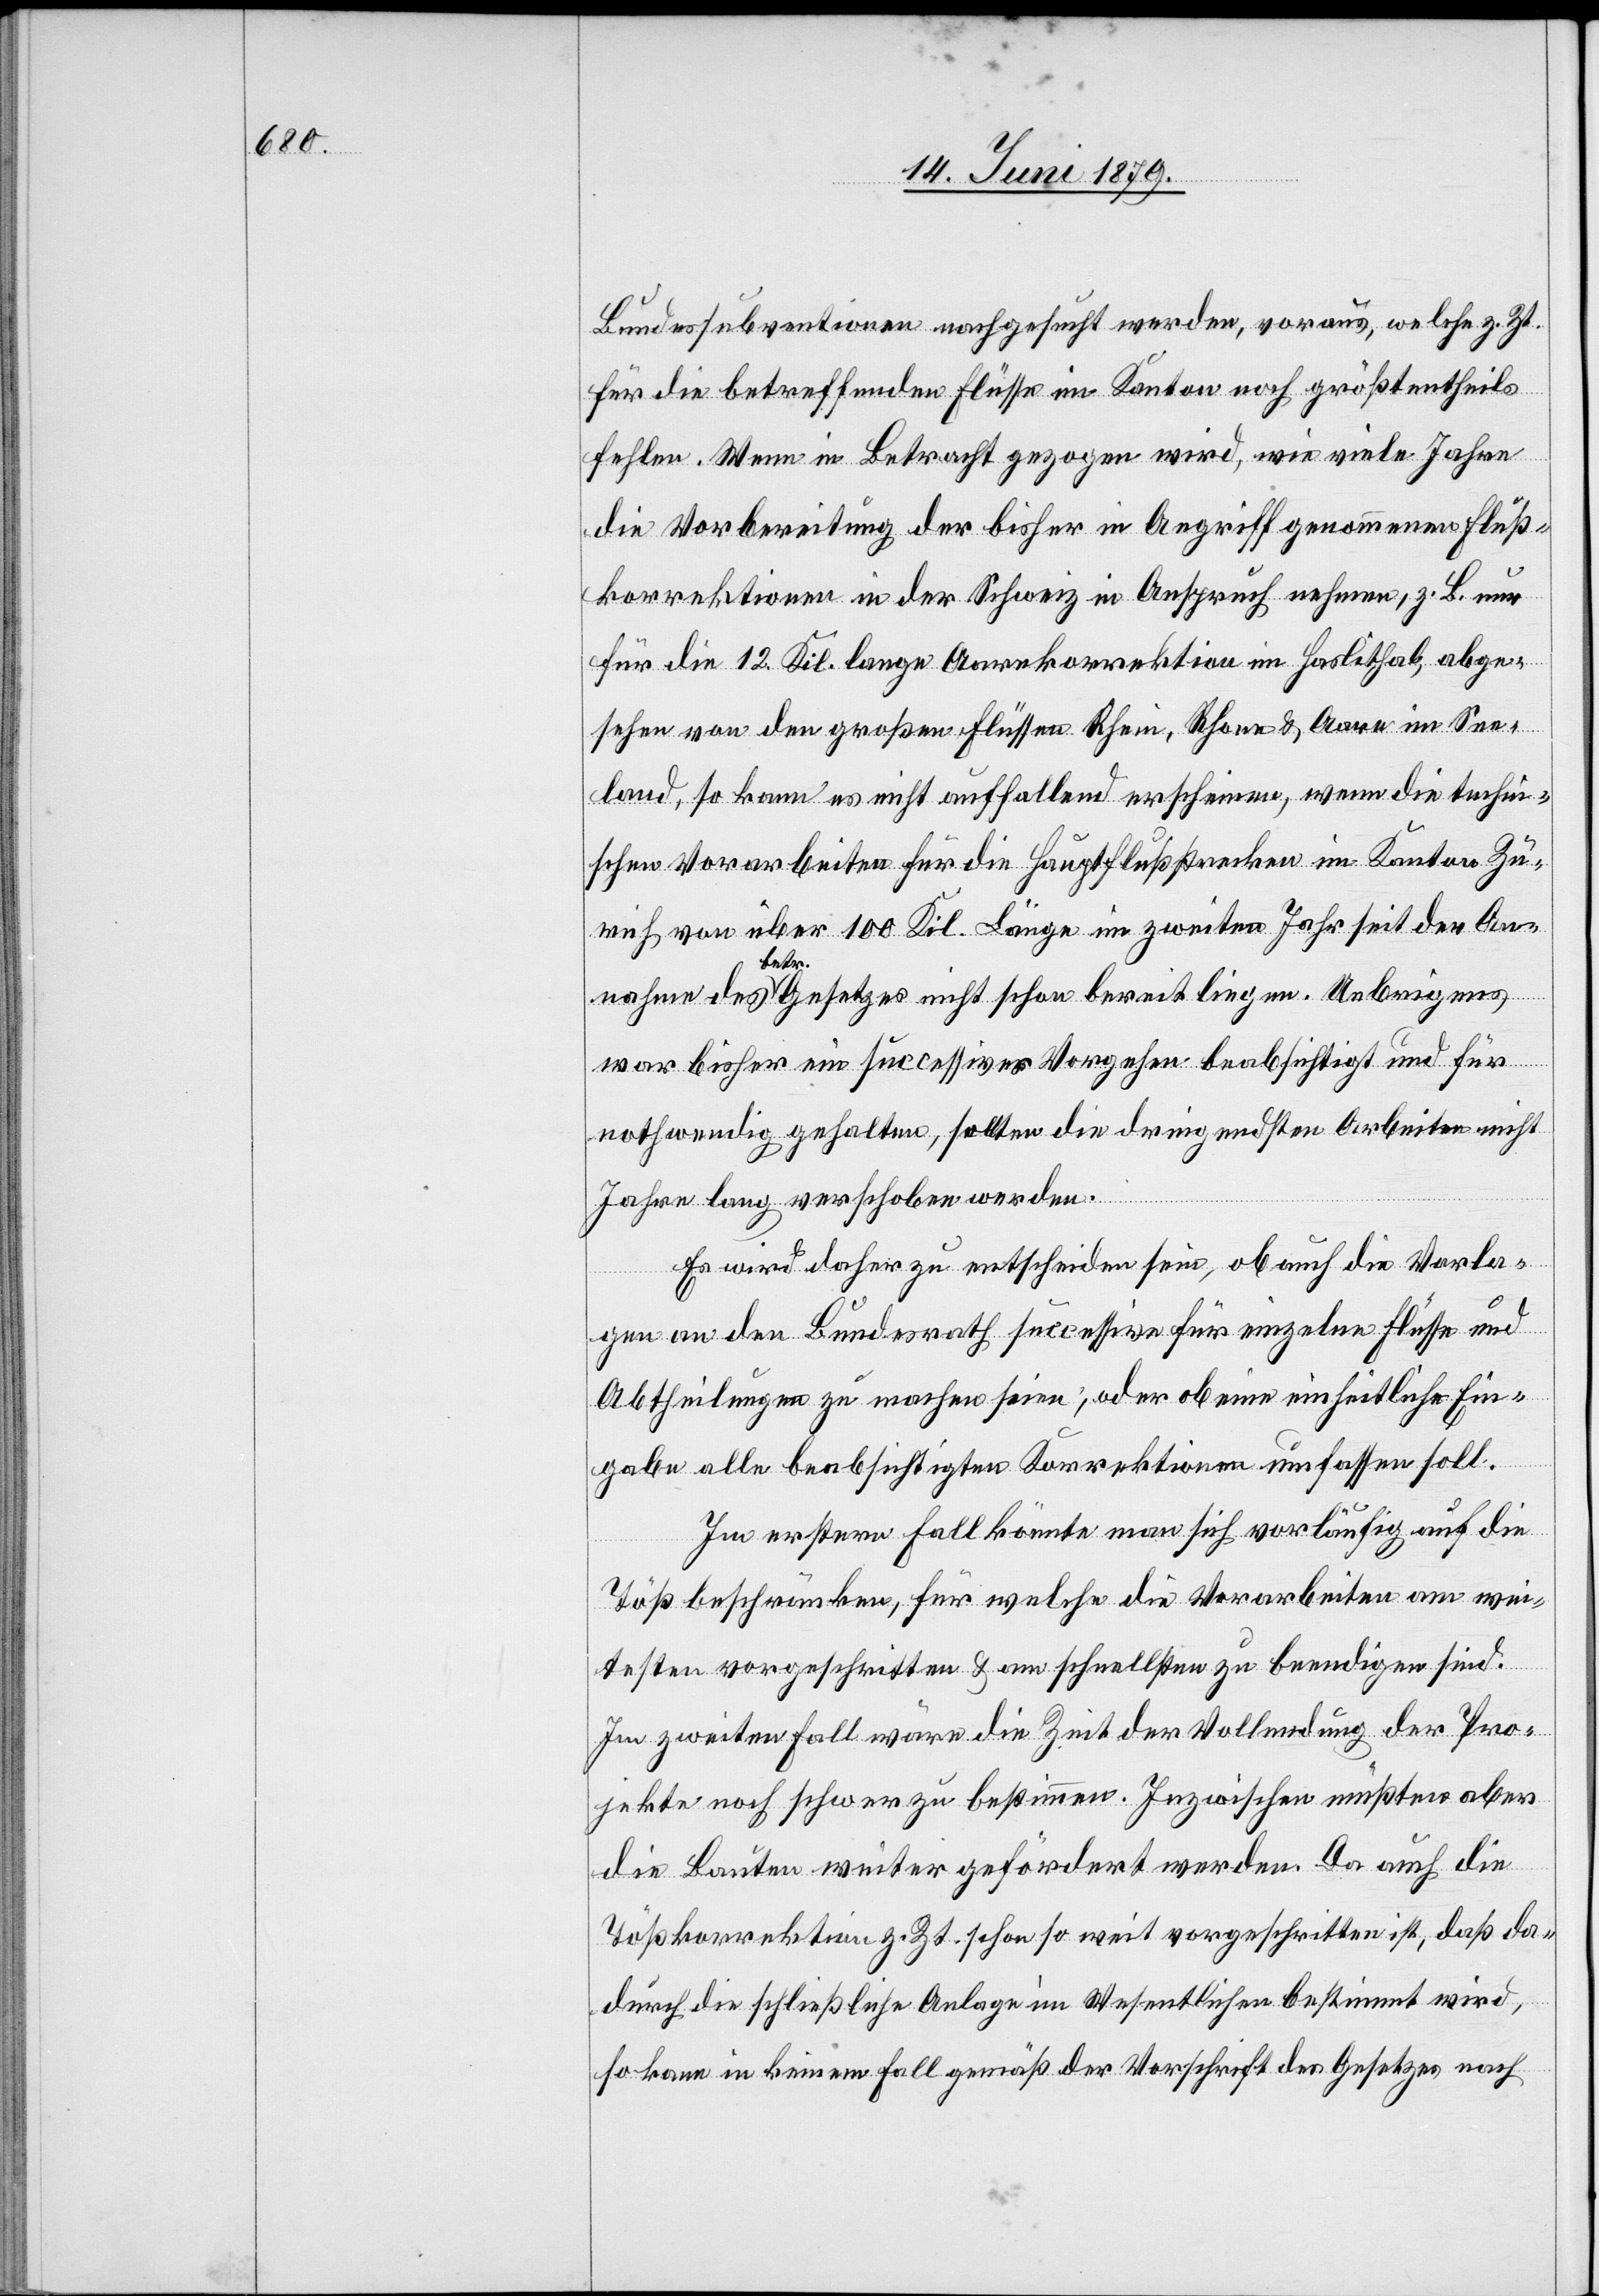
Bundessubventionen nachgesucht werden, voraus, welche z. Zt.
für die betreffenden Flüsse im Kanton noch größtentheils
fehlen. Wenn in Betracht gezogen wird, wie viele Jahre
die Vorbereitung der bisher in Angriff genommenen Fluß¬
korrektionen in der Schweiz in Anspruch nehmen, z. B. nur
für die 12. Kil. lange Aarekorrektion im Haslithal, abge¬
sehen von den großen Flüssen Rhein, Rhone & Aare im See¬
land, so kann es nicht auffallend erscheinen, wenn die techn¬
ischen Vorarbeiten für die Hauptflußstrecken im Kanton Zü¬
rich von über 100 Kil. Länge im zweiten Jahr seit der An¬
nahme des betr. Gesetzes nicht schon bereit liegen. Uebrigens
war bisher ein successives Vorgehen beabsichtigt und für
nothwendig gehalten, sollten die dringendsten Arbeiten nicht
Jahre lang verschoben werden.
Es wird daher zu entscheiden sein, ob auch die Vorla¬
gen an den Bundesrath successive für einzelne Flüsse und
Abtheilungen zu machen seien, oder ob eine einheitliche Ein¬
gabe alle beabsichtigten Korrektionen umfassen soll.
Im erstern Fall könnte man sich vorläufig auf die
Töß beschränken, für welche die Vorarbeiten am wei¬
testen vorgeschritten & am schnellsten zu beendigen sind.
Im zweiten Fall wäre die Zeit der Vollendung der Pro¬
jekte noch schwer[er] zu bestimmen. Inzwischen müßten aber
die Bauten weiter gefördert werden. Da auch die
Tößkorrektion z. Zt. schon so weit vorgeschritten ist, daß da¬
durch die schließliche Anlage im Wesentlichen bestimmt wird,
so kann in keinem Fall gemäß der Vorschrift des Gesetzes nach